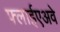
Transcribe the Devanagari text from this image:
फ्लाईएअवे